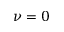
\nu = 0